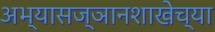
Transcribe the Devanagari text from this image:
अभ्यासज्ञानशाखेच्या